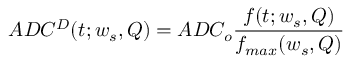
A D C ^ { D } ( t ; w _ { s } , Q ) = A D C _ { o } \frac { f ( t ; w _ { s } , Q ) } { f _ { m a x } ( w _ { s } , Q ) }